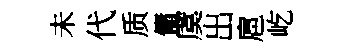
未代质傭虞出扈屹